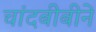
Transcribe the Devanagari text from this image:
चांदबीबीने